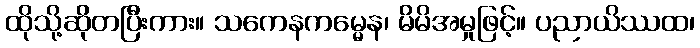
ထိုသို့ဆိုတပြီးကား။ သကေနကမ္မေန၊ မိမိအမှုဖြင့်။ ပညာယိဿထ၊